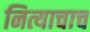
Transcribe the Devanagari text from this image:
नित्याचाच